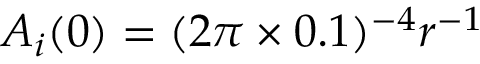
A _ { i } ( 0 ) = ( 2 \pi \times 0 . 1 ) ^ { - 4 } r ^ { - 1 }